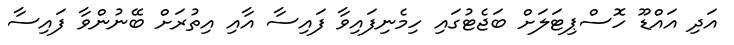
އަދި އައްޑޫ ހޮސްޕިޓަލަށް ބަޖެޓުގައި ހިމެނިފައިވާ ފައިސާ އާއި އިތުރަށް ބޭނުންވާ ފައިސާ